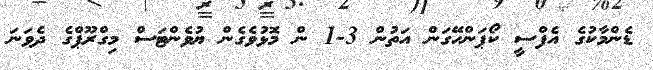
ޑެންމާކުގެ އެފްސީ ކޯޕަންހޭގަން އަތުން 3-1 ން މޮޅުވެގެން ޔުވެންޓަސް މިގްރޫޕްގެ ދެވަނަ